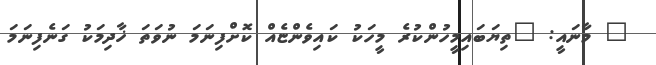
" މާނައީ: "ތިޔަބައިމީހުންކުރެ މީހަކު ކައިވެންޏެއް ކޮށްފިނަމަ ނުވަތަ ޚާދިމަކު ގަނެފިނަމަ